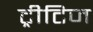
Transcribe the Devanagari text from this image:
ट्रीटिज